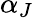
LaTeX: \alpha_{J}